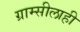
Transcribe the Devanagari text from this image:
ग्राम्सीलाही